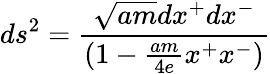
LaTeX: ds^{2}={\frac{\sqrt{am}dx^{+}dx^{-}}{(1-{\frac{am}{4e}}x^{+}x^{-})}}